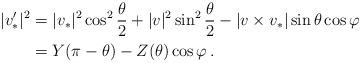
LaTeX: \begin{align*}|v'_*|^2 &= |v_*|^2 \cos^2 \frac{\theta}{2} +|v|^2 \sin^2 \frac{\theta}{2} -|v \times v_*|\sin\theta\cos\varphi\\&= Y(\pi-\theta) - Z(\theta) \cos \varphi\,.\end{align*}